Lunatic asylums United Provinces 1909-1921 - 1909-1921
Year: 1909
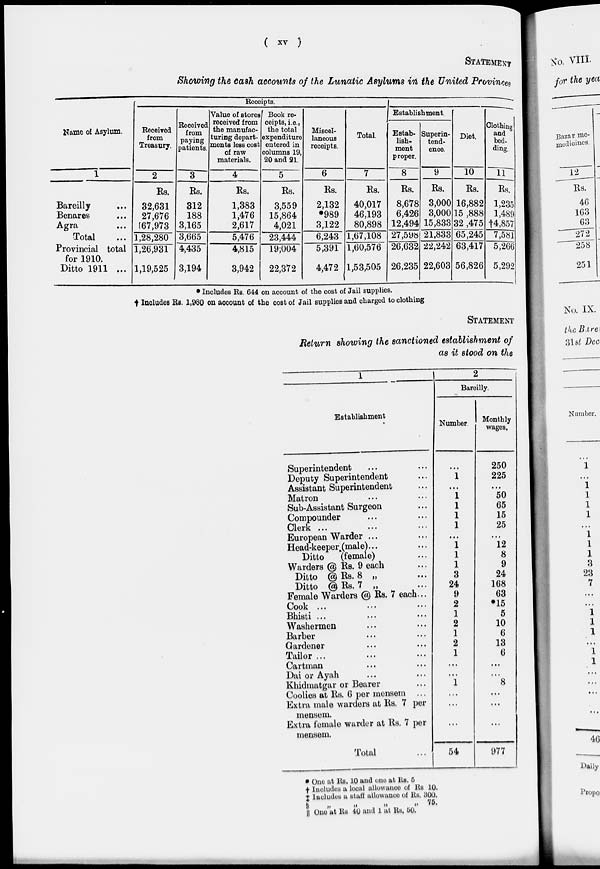
( xv )
STATEMENT
Showing the cash accounts of the Lunatic Asylums in the United Provinces
Name of Asylum.
1
Bareilly ...
Benares ...
Agra ...
Total ...
Provincial total
for 1910
Ditto 1911 ...
Receipts.
"
Received
from
Treasury.
2
Rs.
32,631
27,676
67,973
1,28,280
1,26,931
1,19,525
Received
from
paying
patients.
3
Rs.
312
188
3,165
3,665
4,435
3,194
Value of stores
received from
the manufac-
turing depart-
ments less cost
of raw
materials.
4
Rs.
1,383
1,476
2,617
5,476
4,815
3,942
Book re-
ceipts, i.e.,
the total
expenditure
entered in
columns 19,
20 and 21.
5
Rs.
3,559
15,864
4,021
23,444
19,004
22,372
Miscel-
laneous
receipts.
6
Rs.
2,132
*989
3,122
6,243
5,391
4,472
Total.
7
Rs.
40,017
46,193
80,898
1,67,108
1,60,576
1,53,505
Establishment.
Estab-
lish-
ment
proper.
8
Rs.
8,678
6,426
12,494
27,598
26,632
26,235
Superin-
tend-
ence.
9
Rs.
3,000
3,000
15,833
21,833
22,242
22,603
Diet.
10
Rs.
16,882
15 ,888
32 ,475
65,245
63,417
56,826
Clothing
and
bed-
ding.
11
Rs.
1,235
1,489
†4,857
7,581
5,266
5,292
* Includes Rs. 644 on account of the cost of Jail supplies.
† Includes Rs. 1,980 on account of the cost of Jail supplies and charged to clothing
STATEMENT
Return showing the sanctioned establishment of
as it stood on the
1
Establishment
Superintendent
Deputy Superintendent
Assistant Superintendent
Matron
Sub-Assistant Surgeon
Compounder
Clerk ...
European Warder ...
Head-keeper(male)
Ditto
(female)
Warders @ Rs. 9 each
Ditto @ Rs. 8 „
Ditto @ Rs. 7 „
Female Warders @ Rs. 7 each...
Cook ...
Bhisti ...
Washermen
Barber
Gardener
Tailor ...
Cartman
Dai or Ayah
Khidmatgar or Bearer
Coolies at Rs. 6 per mensem ...
Extra male warders at Rs. 7 per
mensem.
Extra female warder at Rs. 7 per
mensem.
Total
2
Bareilly.
Number.
1
...
1
1
1
1
...
1
1
1
3
24
9
2
1
2
1
2
1
...
...
1
...
...
...
54
Monthly
wages.
250
225
...
50
65
15
25
...
12
8
9
24
168
63
*15
5
10
6
13
6
...
...
8
...
...
...
977
* One at Rs. 10 and one at Rs. 5
† Includes a local allowance of Rs 10.
‡ Includes a staff allowance of Rs. 300.
§
„
„
„
„
75.
|| One at Rs 40 and 1 at Rs. 50.